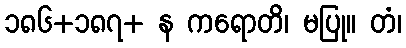
၁၈၆+၁၈၇+ န ကရောတိ၊ မပြု။ တံ၊